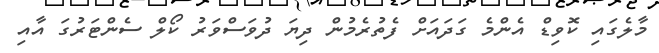
މާލެގައި ކޮވިޑް އެންމެ ގަދައަށް ފެތުރެމުން ދިޔަ ދުވަސްވަރު ކޯލް ސެންޓަރުގަ އާއި